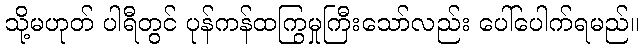
သို့မဟုတ် ပါရီတွင် ပုန်ကန်ထကြွမှုကြီးသော်လည်း ပေါ်ပေါက်ရမည်။